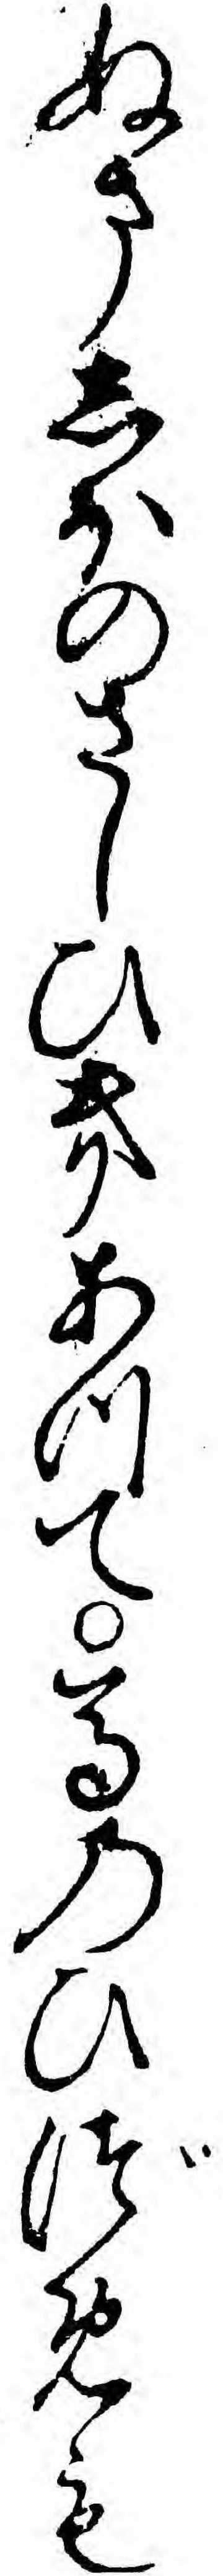
ぬましほのさしひきあつて馬のひづめも